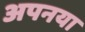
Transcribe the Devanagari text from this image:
अपनया